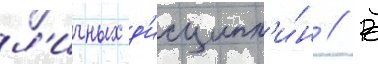
л'ичных д'исципл'и́н // В